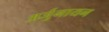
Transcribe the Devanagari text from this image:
अर्जुनायन